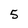
Character: 5